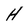
Character: h